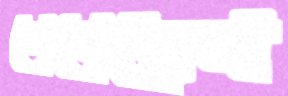
নেবেছেন